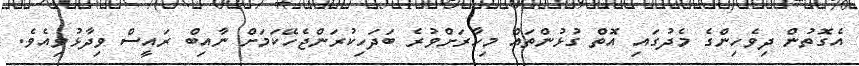
އެގޮތުން ދިވެހިންގެ މެދުގައި އޮތް ގުޅުންތައް މިހާރަށްވުރެ ބަދަހިކުރަންޖެހޭކަމަށް ނާއިބް ރައީސް ވިދާޅުވިއެވެ.